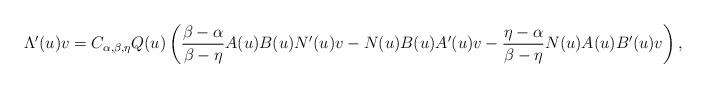
LaTeX: \begin{align*}\Lambda'(u)v=C_{\alpha,\beta,\eta}Q(u) \left(\frac{\beta-\alpha}{\beta-\eta}A(u)B(u)N'(u)v-N(u)B(u)A'(u)v-\frac{\eta-\alpha}{\beta-\eta}N(u)A(u)B'(u)v\right),\end{align*}